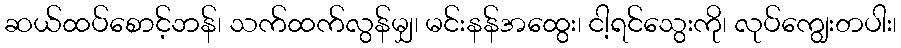
ဆယ်ထပ်စောင့်ဘန်၊ သက်ထက်လွန်မျှ၊ မင်းနန်အထွေး၊ ငါ့ရင်သွေးကို၊ လုပ်ကျွေးတပါး၊